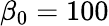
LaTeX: \beta_{0}=100